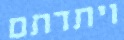
ויתדתם